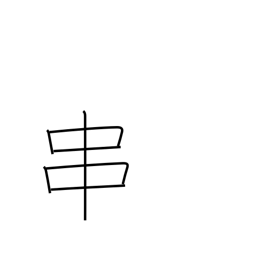
Meaning: spit